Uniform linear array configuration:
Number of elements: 12
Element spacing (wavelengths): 0.5
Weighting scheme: blackman
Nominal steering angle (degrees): -30
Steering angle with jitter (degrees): -31.939
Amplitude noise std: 0.05
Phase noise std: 0.05

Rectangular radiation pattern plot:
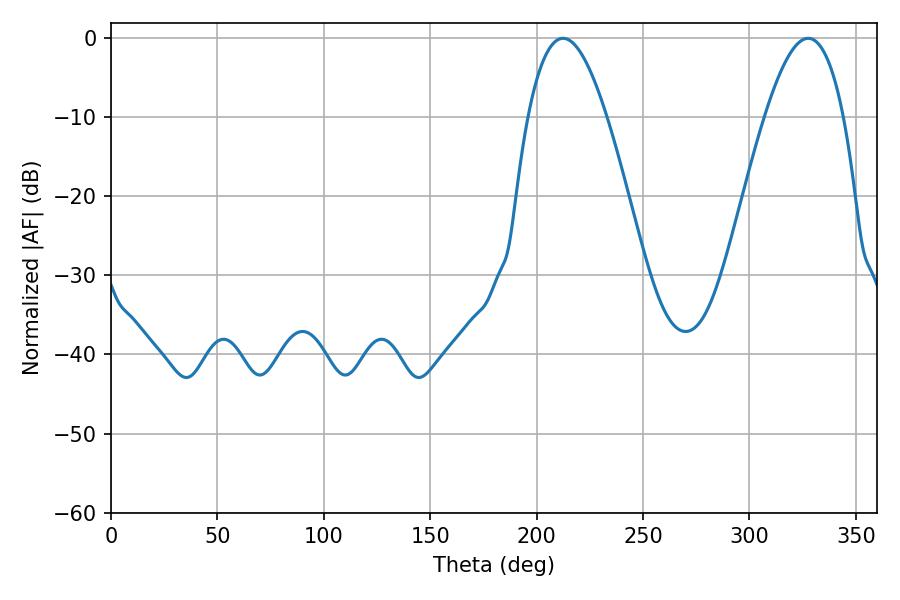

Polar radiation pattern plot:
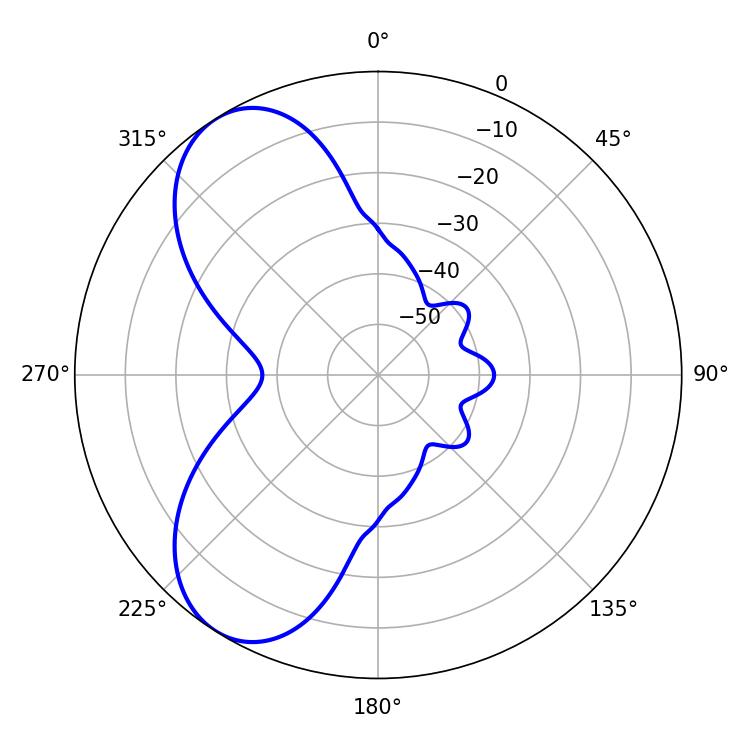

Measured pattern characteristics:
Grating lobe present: FALSE
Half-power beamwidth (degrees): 20.34
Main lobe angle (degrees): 212.4